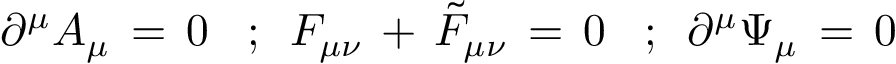
\, \, \, \, \partial ^ { \mu } A _ { \mu } \, = \, 0 \, \, \, \, \, ; \, \, \, F _ { \mu \nu } \, + \, { \tilde { F } } _ { \mu \nu } \, = \, 0 \, \, \, \, \, ; \, \, \, \partial ^ { \mu } \Psi _ { \mu } \, = \, 0